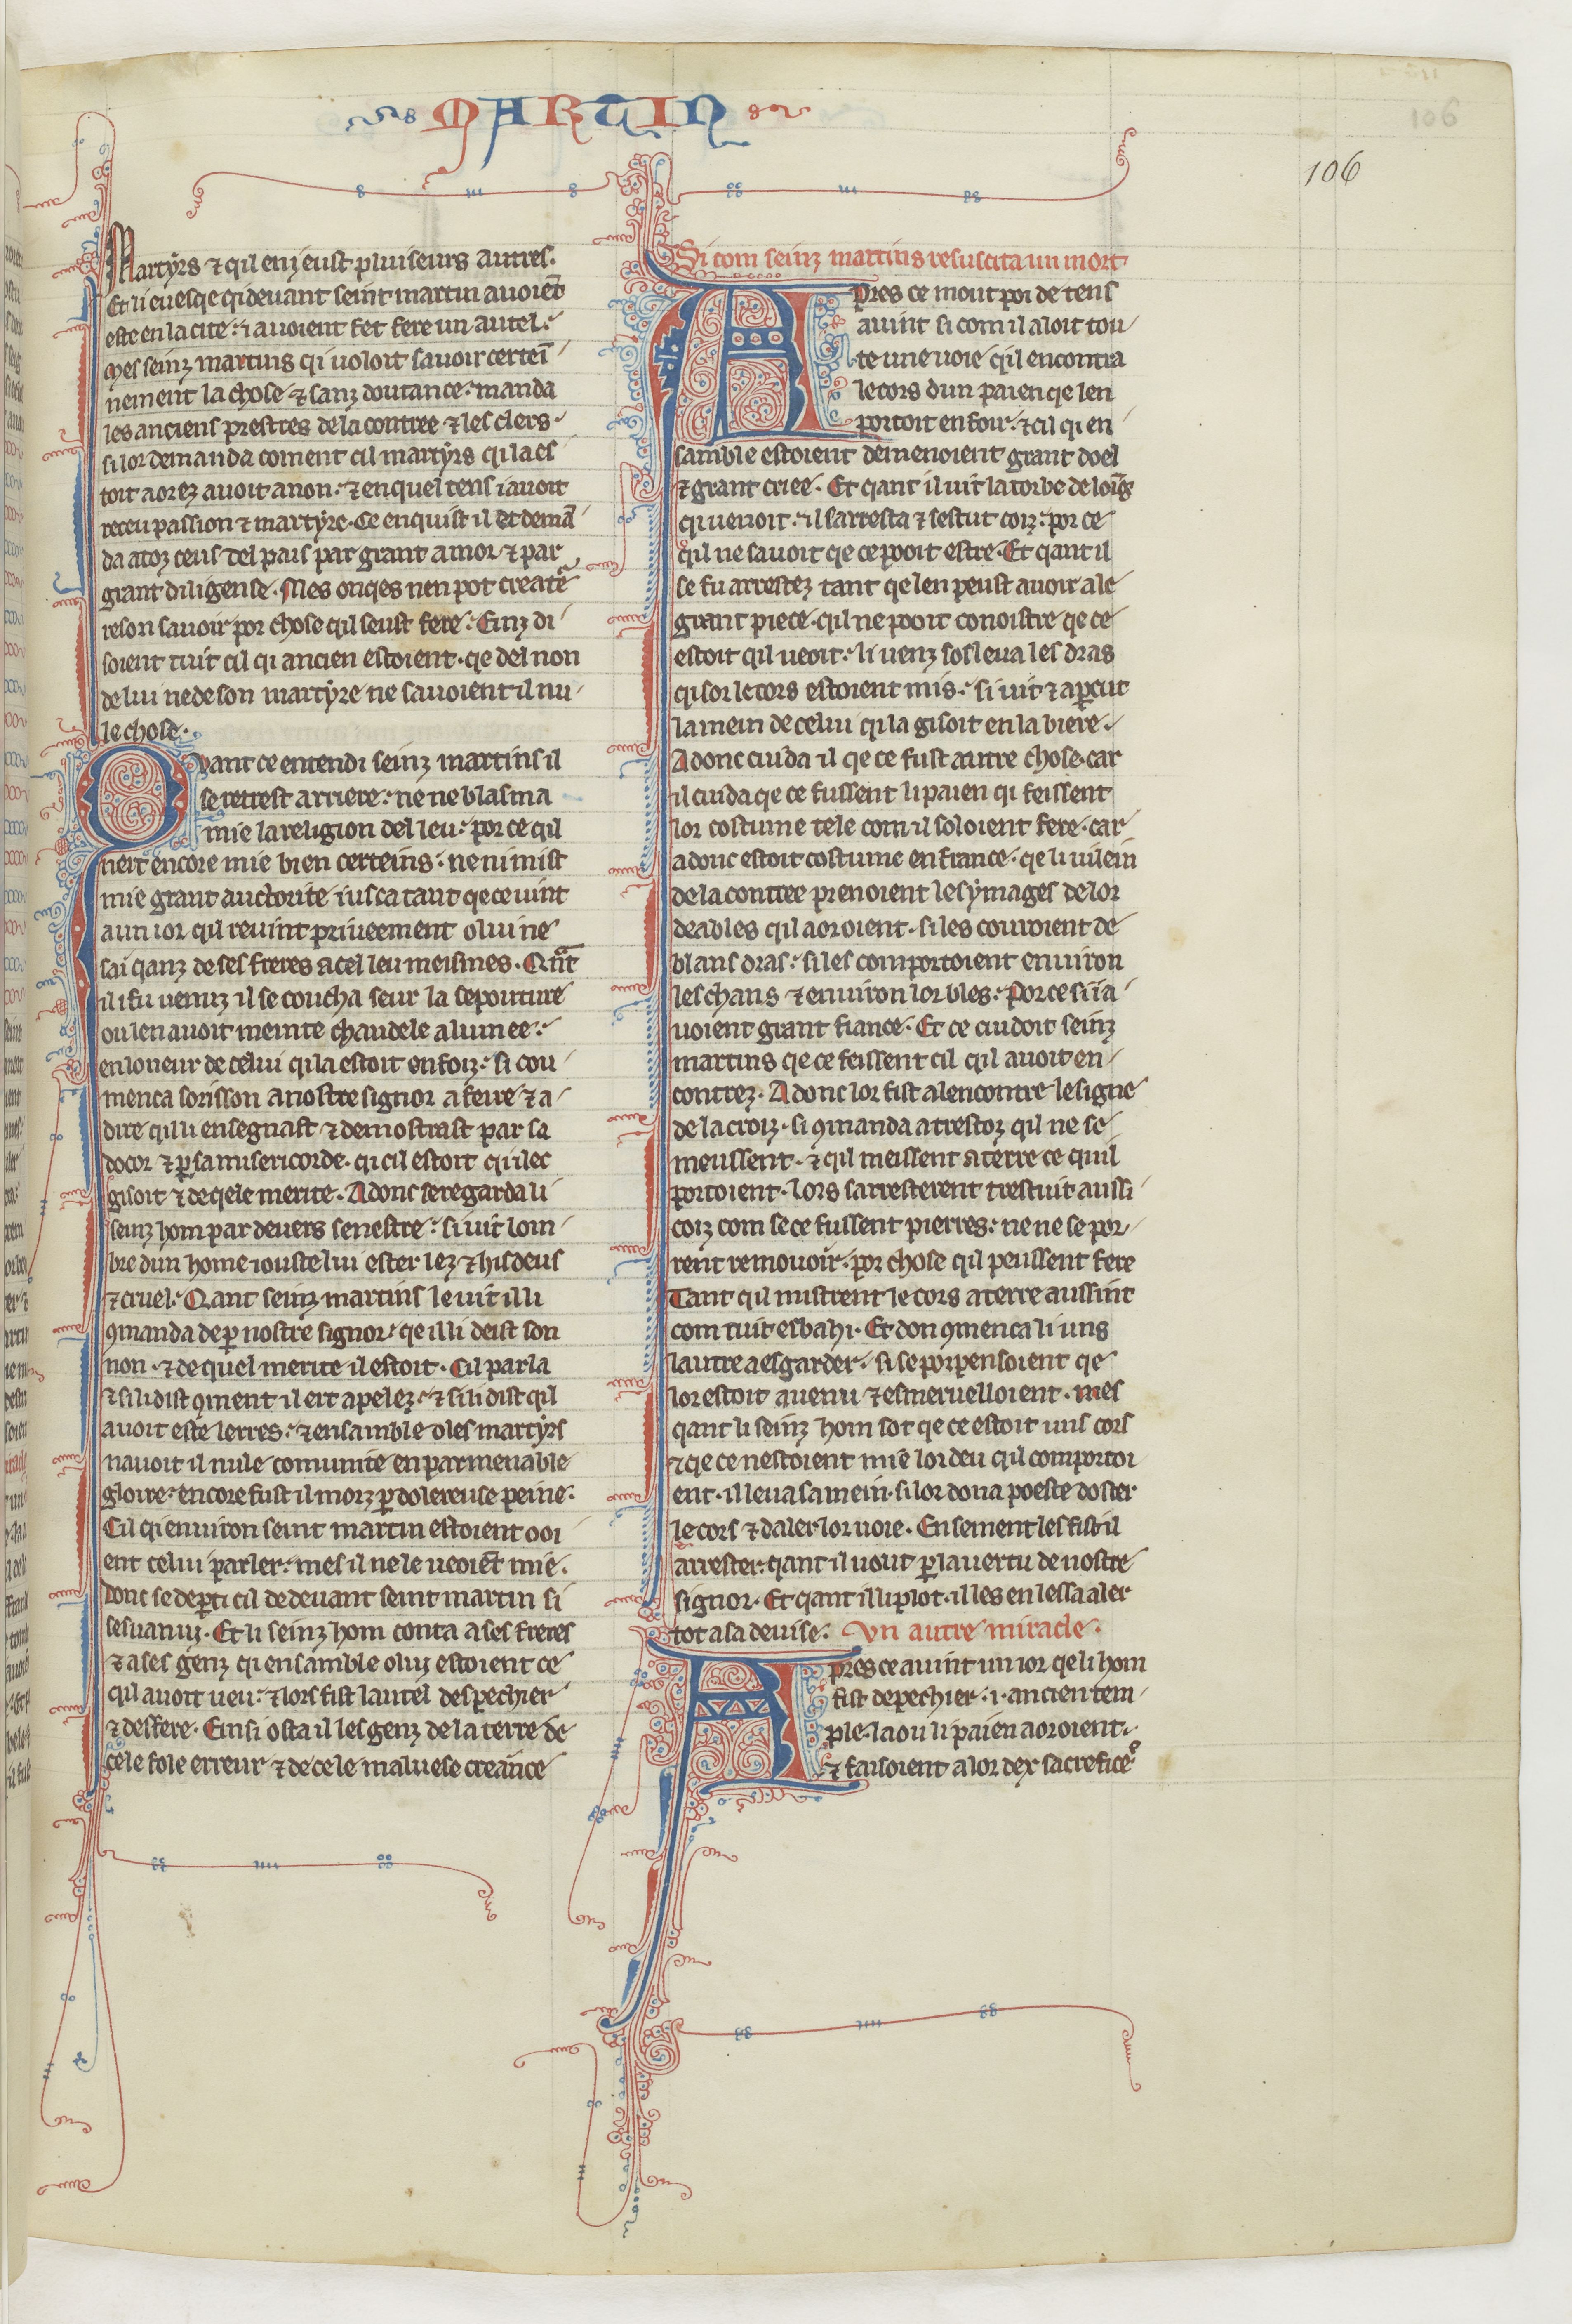
Shelfmark: Paris, BnF, fr. 412
Century: 13